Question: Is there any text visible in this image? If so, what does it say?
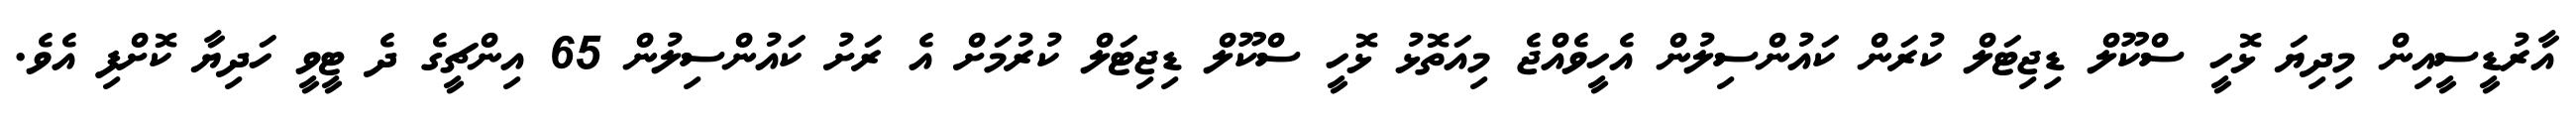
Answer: އާރުޑީސީއިން މިދިޔަ ޅޮހީ ސްކޫލް ޑިޖިޓަލް ކުރަން ކައުންސިލުން އެހީވެއްޖެ މިއަތޮޅު ޅޮހީ ސްކޫލް ޑިޖިޓަލް ކުރުމަށް އެ ރަށު ކައުންސިލުން 65 އިންޗީގެ ދެ ޓީވީ ހަދިޔާ ކޮށްފި އެވެ.